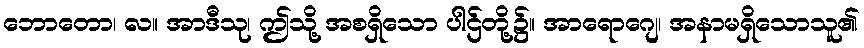
ဘောတော၊ လ။ အာဒီသု၊ ဤသို့ အစရှိသော ပါဌ်တို့၌။ အာရောဂျေ၊ အနာမရှိသောသူ၏